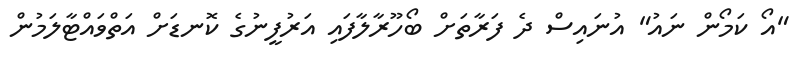
"އޯ ކަމޯން ނައު" އުނައިސް ދެ ފަރާތަށް ބޯހޫރާލާފައި އަރުފީނުގެ ކޮނޑަށް އަތްވައްޓާލަމުން